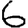
Digit: 6